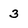
Character: 3